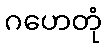
ဂဟေတုံ